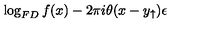
\log _ { F D } f ( x ) - 2 \pi i \theta ( x - y _ { \uparrow } ) \epsilon